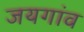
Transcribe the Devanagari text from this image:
जयगांव